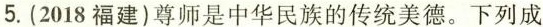
5.(2018福建)尊师是中华民族的传统美德。下列成